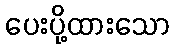
ပေးပို့ထားသော